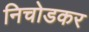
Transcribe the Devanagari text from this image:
निचोडकर